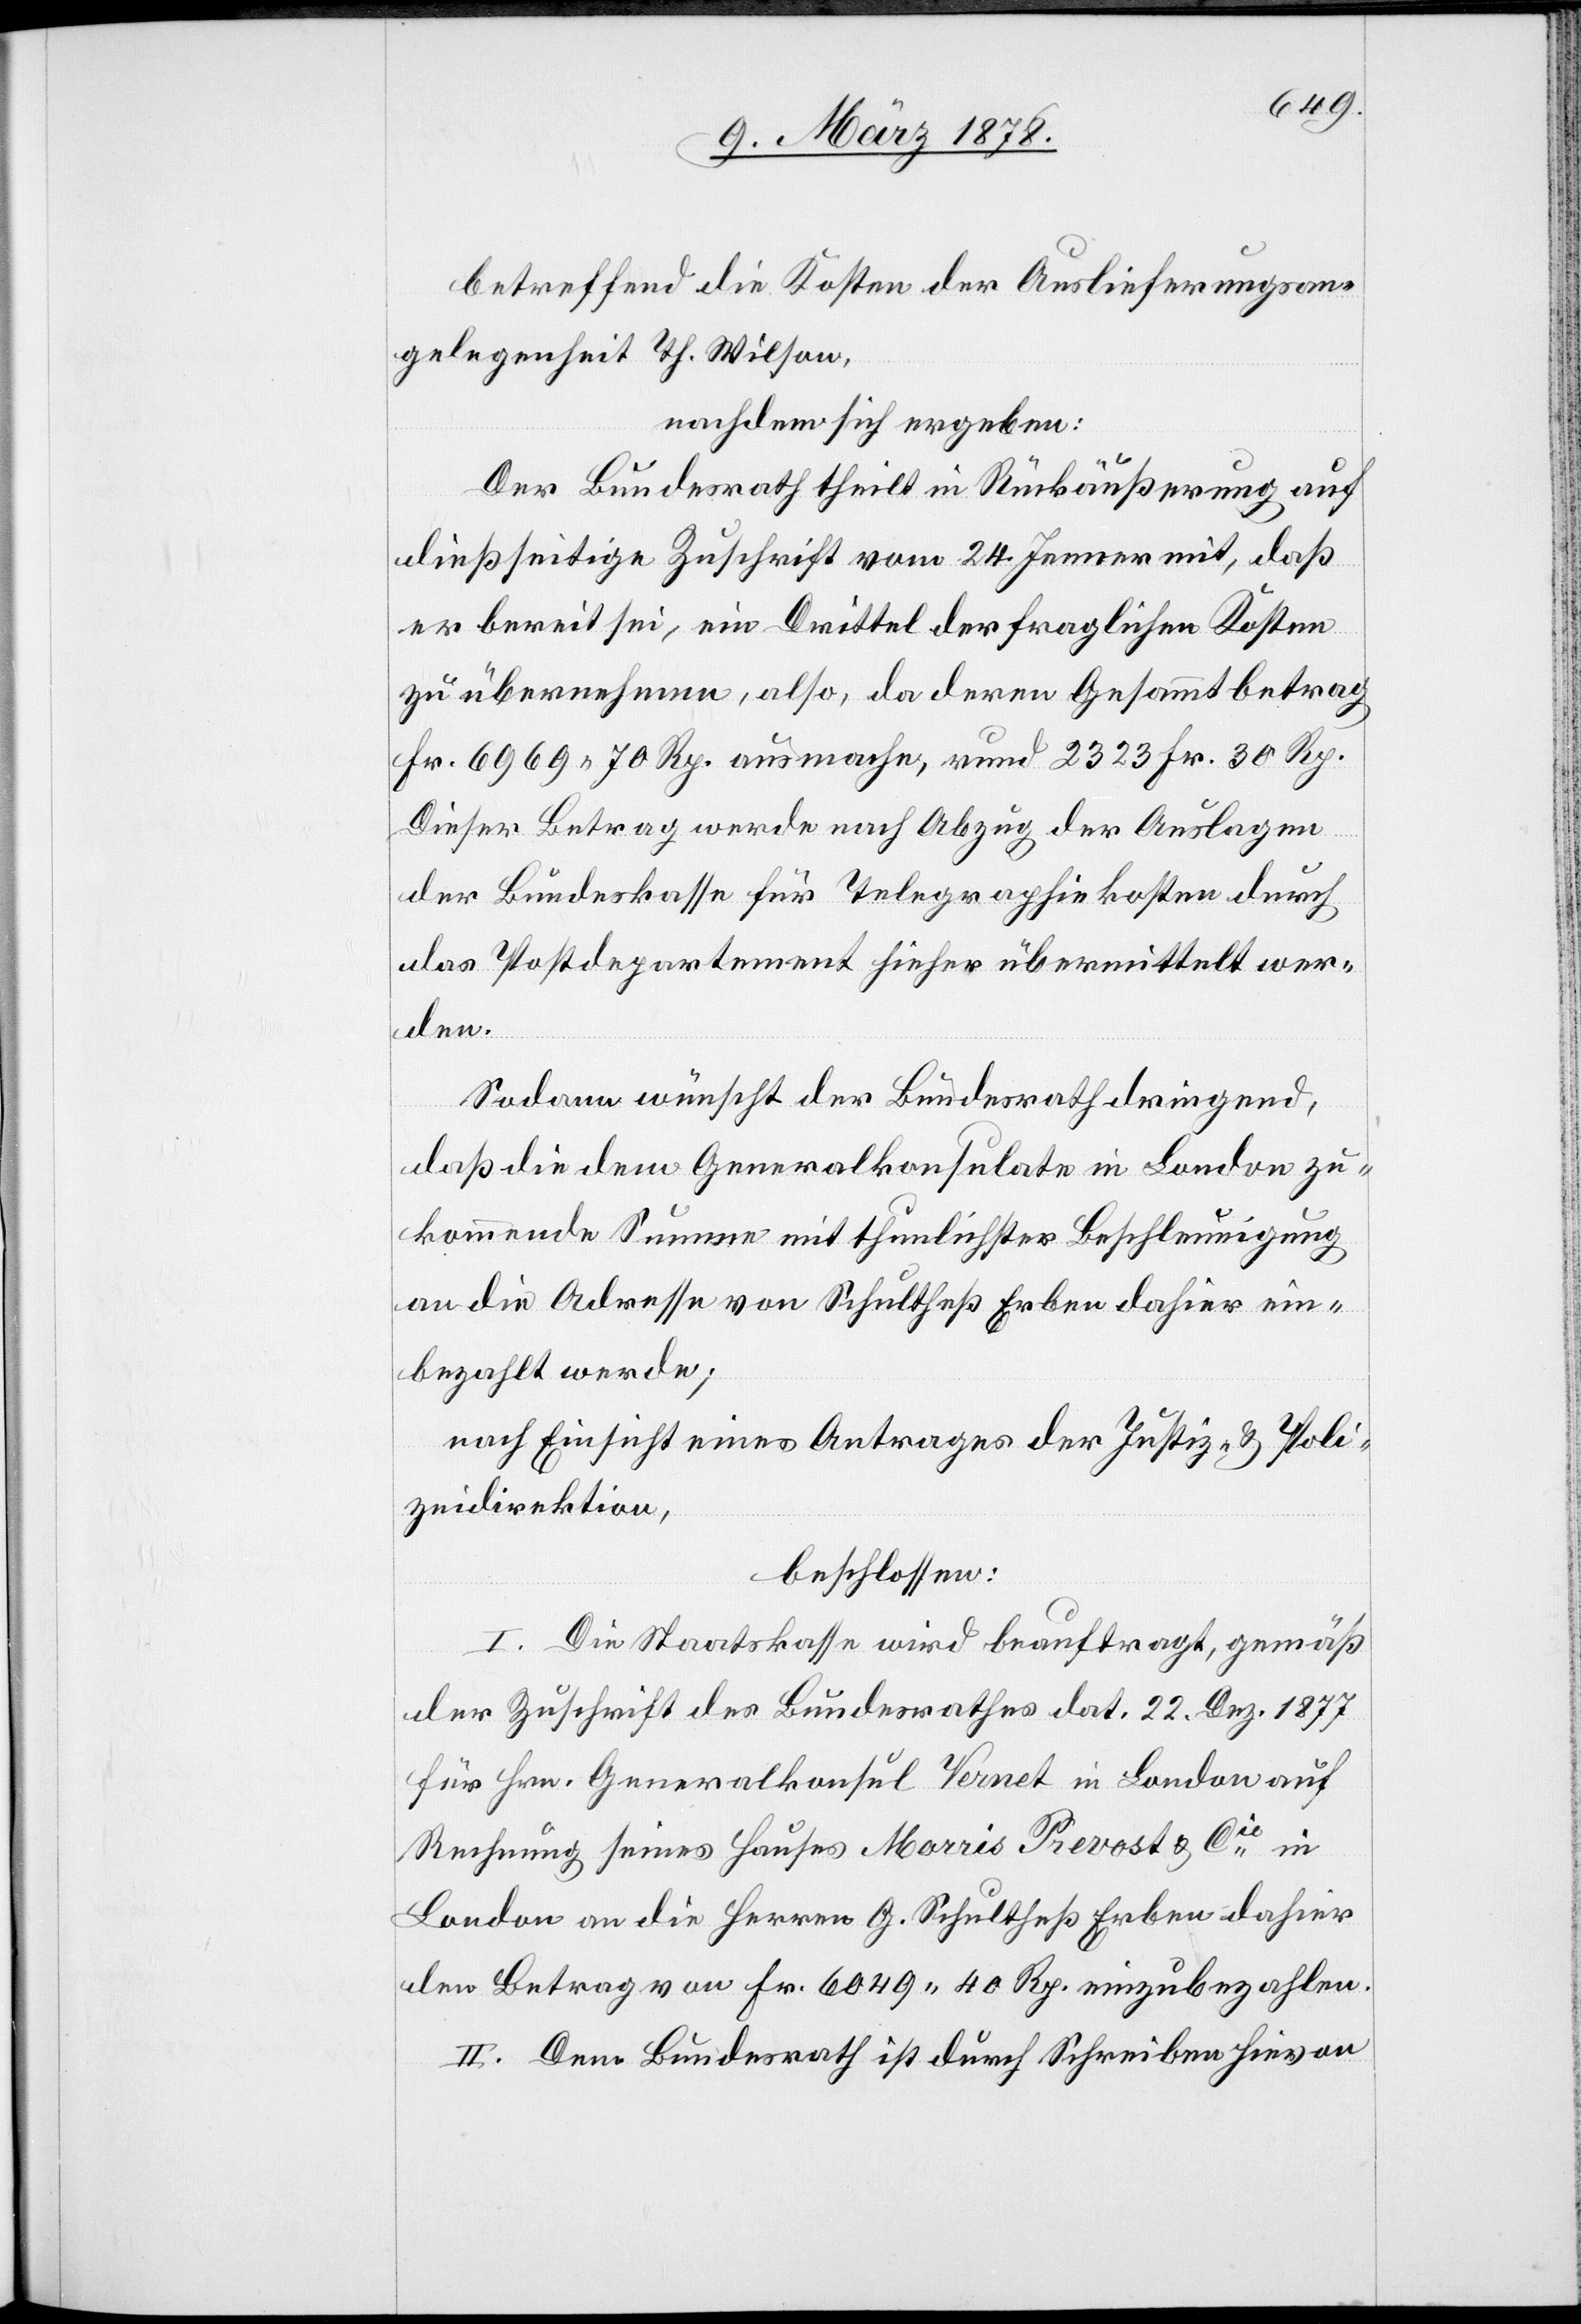
betreffend die Kosten der Auslieferungsan¬
gelegenheit Th. Wilson,
nachdem sich ergeben:
Der Bundesrath theilt in Rückäußerung auf
dießseitige Zuschrift vom 24. Jenner mit, daß
er bereit sei, ein Drittel der fraglichen Kosten
zu übernehmen, also, da deren Gesammtbetrag
Fr. 6969. 70 Rp. ausmache, rund 2323 Fr. 30 Rp.
Dieser Betrag werde nach Abzug der Auslangen
der Bundeskasse für Telegraphiekosten durch
das Postdepartement sicher übermittelt wer¬
den.
Sodann wünscht der Bundesrath dringend,
daß die dem Generalkonsulate in London zu¬
kommende Summe mit thunlichster Beschleunigung
an die Adresse von Schultheß Erben dahier ein¬
bezahlt werde;
nach Einsicht eines Antrages der Justiz- & Poli¬
zeidirektion,
beschlossen:
I. Die Staatskasse wird beauftragt, gemäß
der Zuschrift des Bundesrathes dat. 22. Dez. 1877
für Hrn. Generalkonsul Vernet in London auf
Rechnung seines Hauses Morris Prevost & Cie in
London an die Herren G. Schultheß Erben dahier
den Betrag von Fr. 6049. 40 Rp. einzubezahlen.
II. Dem Bundesrath ist durch Schreiben hievon